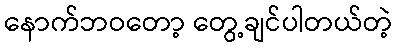
နောက်ဘဝတော့ တွေ့ချင်ပါတယ်တဲ့